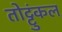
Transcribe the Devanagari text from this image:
तोट्टुंकल